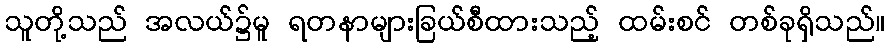
သူတို့သည် အလယ်၌မူ ရတနာများခြယ်စီထားသည့် ထမ်းစင် တစ်ခုရှိသည်။